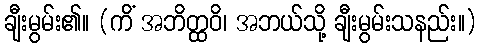
ချီးမွမ်း၏။ (ကိံ အဘိတ္ထဝိ၊ အဘယ်သို့ ချီးမွမ်းသနည်း။)